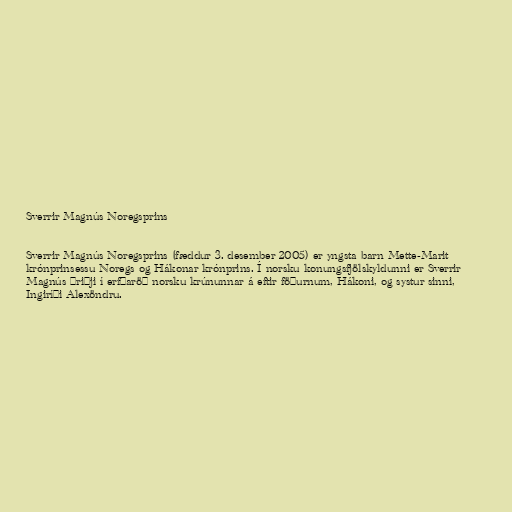
Sverrir Magnús Noregsprins

Sverrir Magnús Noregsprins (fæddur 3. desember 2005) er yngsta barn Mette-Marit
krónprinsessu Noregs og Hákonar krónprins. Í norsku konungsfjölskyldunni er Sverrir
Magnús þriðji í erfðaröð norsku krúnunnar á eftir föðurnum, Hákoni, og systur sinni,
Ingiríði Alexöndru.